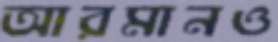
আরমানও